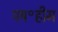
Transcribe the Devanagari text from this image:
पष॰हीम